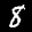
Label: 8